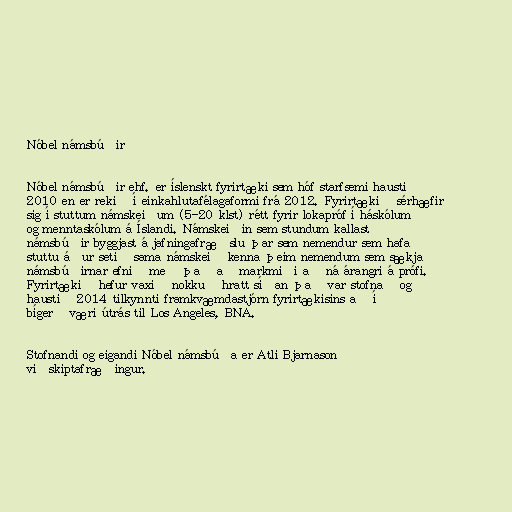
Nóbel námsbúðir

Nóbel námsbúðir ehf. er íslenskt fyrirtæki sem hóf starfsemi haustið
2010 en er rekið í einkahlutafélagaformi frá 2012. Fyrirtækið sérhæfir
sig í stuttum námskeiðum (5-20 klst) rétt fyrir lokapróf í háskólum
og menntaskólum á Íslandi. Námskeiðin sem stundum kallast
námsbúðir byggjast á jafningafræðslu þar sem nemendur sem hafa
stuttu áður setið sama námskeið kenna þeim nemendum sem sækja
námsbúðirnar efnið með það að markmiði að ná árangri á prófi.
Fyrirtækið hefur vaxið nokkuð hratt síðan það var stofnað og
haustið 2014 tilkynnti framkvæmdastjórn fyrirtækisins að í
bígerð væri útrás til Los Angeles, BNA.

Stofnandi og eigandi Nóbel námsbúða er Atli Bjarnason
viðskiptafræðingur.